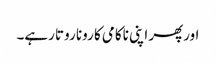
اورپھر اپنی ناکامی کا رونا روتا رہے۔